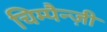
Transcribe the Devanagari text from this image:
चिम्पैन्ज़ी